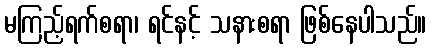
မကြည့်ရက်စရာ၊ ရင်နင့် သနားစရာ ဖြစ်နေပါသည်။